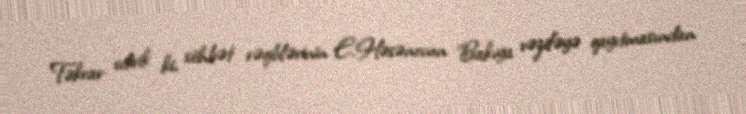
Təkrar edirik ki, söhbət rəqiblərinin E.Həsənovun Bakıya vəzifəyə qayıtmasından